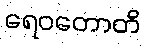
ရေဝတောတိ